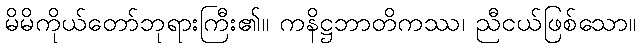
မိမိကိုယ်တော်ဘုရားကြီး၏။ ကနိဋ္ဌဘာတိကဿ၊ ညီငယ်ဖြစ်သော။